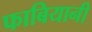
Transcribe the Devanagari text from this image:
फाबियानी